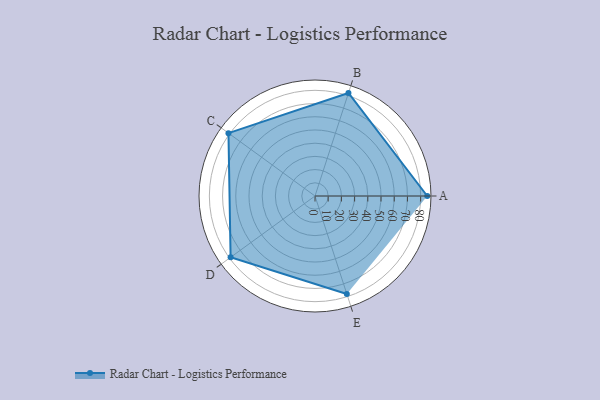
{"axis": {"x": "Skill", "y": "Score"}, "legend": ["Profile"], "data": [{"x": "A", "y": 85.0, "type": "Profile"}, {"x": "B", "y": 82.0, "type": "Profile"}, {"x": "C", "y": 81.0, "type": "Profile"}, {"x": "D", "y": 79.0, "type": "Profile"}, {"x": "E", "y": 78.0, "type": "Profile"}]}